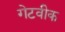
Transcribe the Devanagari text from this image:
गेटवीक